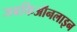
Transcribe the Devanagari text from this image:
जबकिऑनलाइन